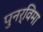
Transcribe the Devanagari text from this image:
पुनर्विमा